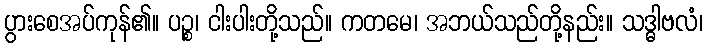
ပွားစေအပ်ကုန်၏။ ပဉ္စ၊ ငါးပါးတို့သည်။ ကတမေ၊ အဘယ်သည်တို့နည်း။ သဒ္ဓါဗလံ၊